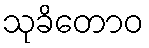
သုခိတောဝ